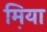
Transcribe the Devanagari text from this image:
म़िया